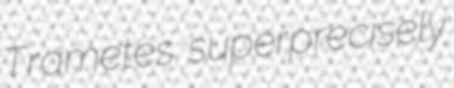
Trametes superprecisely